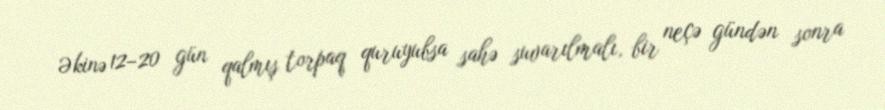
Əkinə 12–20 gün qalmış torpaq quruyubsa sahə suvarılmalı, bir neçə gündən sonra